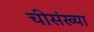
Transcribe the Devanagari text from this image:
चीसंख्या